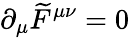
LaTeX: \partial_{\mu}\widetilde{F}^{\mu\nu}=0